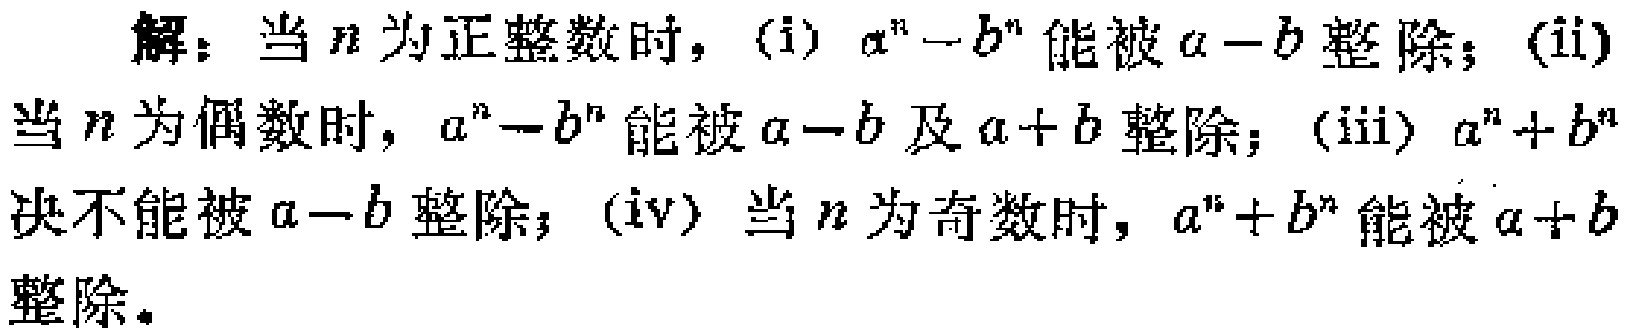
解：当 \(n\) 为正整数时，(i) \(a^{n}-b^{n}\) 能被 \(a - b\) 整除；(ii) 当 \(n\) 为偶数时，\(a^{n}-b^{n}\) 能被 \(a - b\) 及 \(a + b\) 整除；(iii) \(a^{n}+b^{n}\) 决不能被 \(a - b\) 整除；(iv) 当 \(n\) 为奇数时，\(a^{n}+b^{n}\) 能被 \(a + b\) 整除。